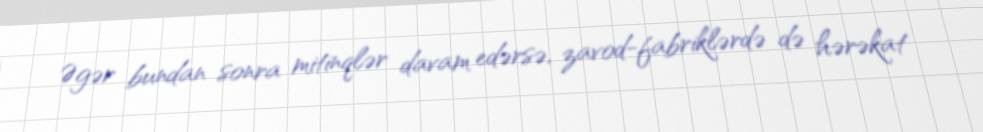
Əgər bundan sonra mitinqlər davam edərsə, zavod-fabriklərdə də hərəkat